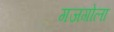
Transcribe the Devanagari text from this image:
गजगोला